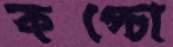
কপ্‌চো